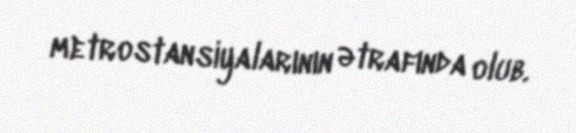
metrostansiyalarının ətrafında olub.